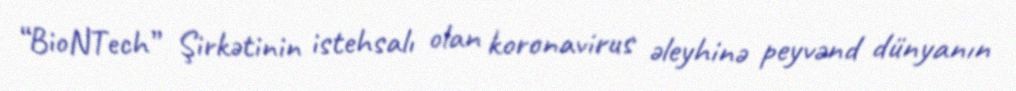
“BioNTech” Şirkətinin istehsalı olan koronavirus əleyhinə peyvənd dünyanın